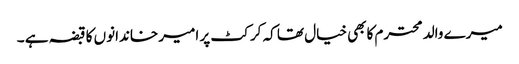
میرے والد محترم کابھی خیال تھا کہ کرکٹ پر امیر خاندانوں کا قبضہ ہے ۔